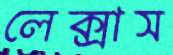
লেক্সাস